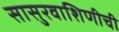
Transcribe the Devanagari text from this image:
सासुरवाशिणीची